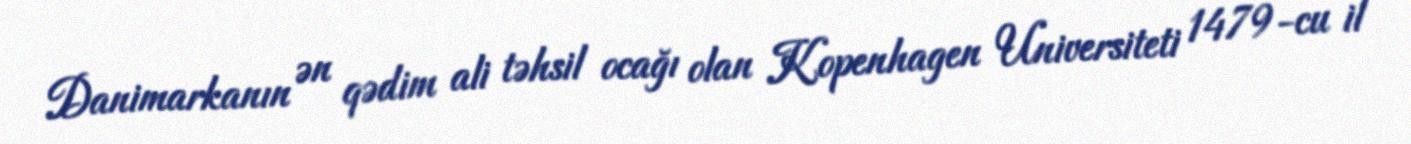
Danimarkanın ən qədim ali təhsil ocağı olan Kopenhagen Universiteti 1479-cu il